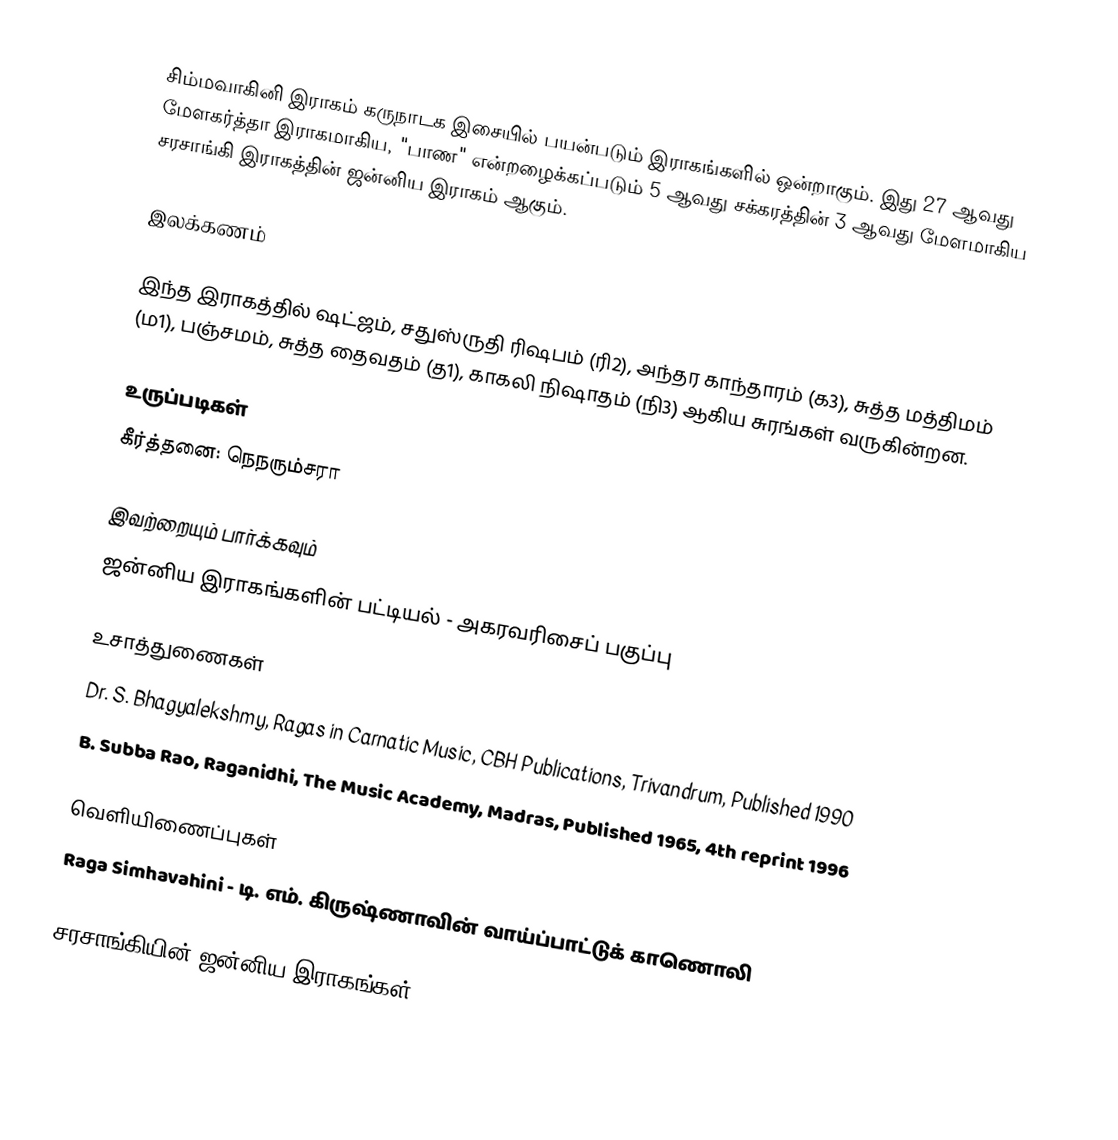
சிம்மவாகினி இராகம் கருநாடக இசையில் பயன்படும் இராகங்களில் ஒன்றாகும். இது 27 ஆவது மேளகர்த்தா இராகமாகிய, "பாண" என்றழைக்கப்படும் 5 ஆவது சக்கரத்தின் 3 ஆவது மேளமாகிய சரசாங்கி இராகத்தின் ஜன்னிய இராகம் ஆகும்.

இலக்கணம்

இந்த இராகத்தில் ஷட்ஜம், சதுஸ்ருதி ரிஷபம் (ரி2),  அந்தர காந்தாரம் (க3), சுத்த மத்திமம் (ம1), பஞ்சமம், சுத்த தைவதம் (த1), காகலி நிஷாதம்  (நி3) ஆகிய சுரங்கள் வருகின்றன.

உருப்படிகள்
 கீர்த்தனை: நெநரும்சரா

இவற்றையும் பார்க்கவும்
 ஜன்னிய இராகங்களின் பட்டியல் - அகரவரிசைப் பகுப்பு

உசாத்துணைகள்
 Dr. S. Bhagyalekshmy, Ragas in Carnatic Music, CBH Publications, Trivandrum, Published 1990
 B. Subba Rao, Raganidhi, The Music Academy, Madras, Published 1965, 4th reprint 1996

வெளியிணைப்புகள்
 Raga Simhavahini - டி. எம். கிருஷ்ணாவின் வாய்ப்பாட்டுக் காணொலி

சரசாங்கியின் ஜன்னிய இராகங்கள்